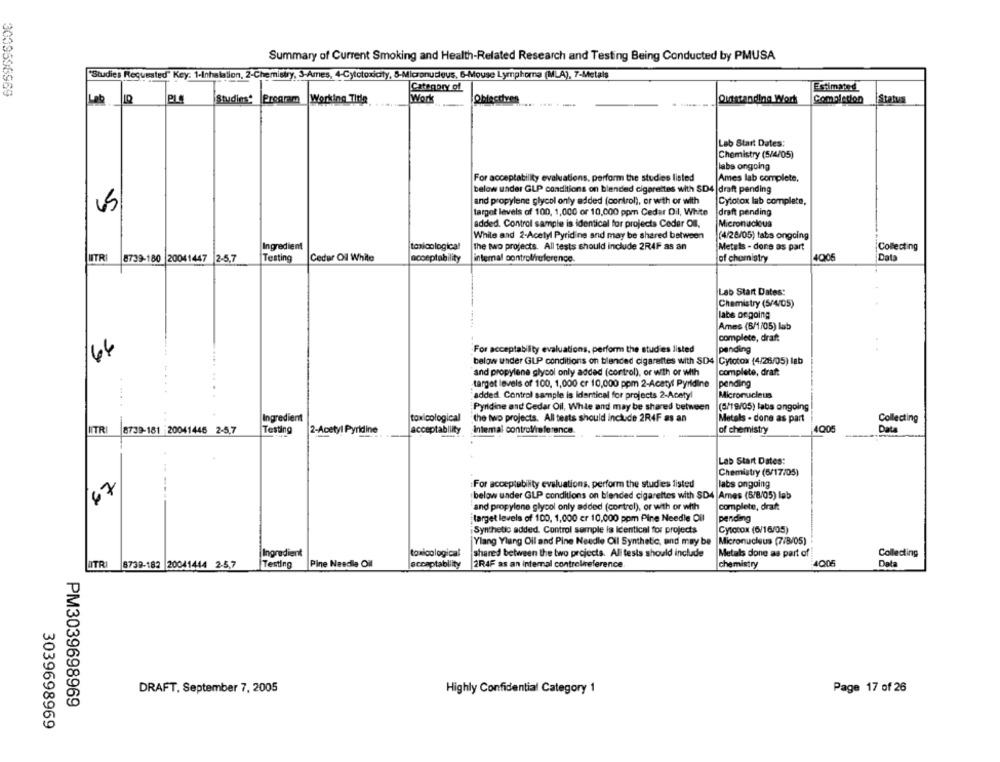
Summary of Current Smoking and Health-Related Research and Testing Being Conducted by PMUSA
*Studies Requested" Key: 1-Inhalation, 2-Chemistry, 3-Ames, 4-Cytotoxicity, 8-Micronucleus, 6-Mouse Lymphoma (MLA), 7-Metals
Category of
Estimated
Studies* Program Working Title
Work
Oblectives
Outstanding Work
Completion
Status
Lab
Lab Start Dates:
Chemistry (5/4/05)
labs ongoing
For acceptability evaluations, perform the studies listed
Ames lab complete.
below under GLP conditions on blended cigarettes with SD4 |draft pending
and propylene glycol only added (control), or with or with
Cytotox lab complete,
target levels of 100, 1,000 or 10,000 ppm Cedar Dil, White
draft pending
added. Control sample is identical for projects Ceder OIl.
Micronacious
While and 2-Acetyl Pyridine and may be shared between
(4/28/05) tabs ongoing
Ingredient
toxicological
The two projects. All tests should include 2R4F as an
Metels - done as part
Collecting
ITRI
8739-180 20041447
2.5.7
Testing
Ceder Ol While
acceptability
internal control/reference.
of chemistry
4006
Data
Lab Start Dates:
Chemistry (5/4/05)
labs ongoing
Ames (8/1/05) lab
complete, draft
64
For acceptability evaluations, perform the studies listed
pending
below under GLP conditions on blended cigarettes with SD4 Cytotox (4/26/05) lab
"and propylene glycol only added (control), or with or with
complete, draft
.......
target levels of 100, 1,000 cr 10,000 ppm 2-Acetyl Pyridine
pending
....
added Control sample is identical for projects 2-Acetyl
Micronucleus
Pyridine and Cedar Oil, While and may be shared between
(8/19/05) labs ongoing
Ingredient
toxicological
the two projects. All tests should include 2R4F as an
Metals - done as part
Collecting
NTR
8739-181 20041446 2-5,7
Testing
2-Acetyl Pyridine
acceptability
Intemal control/reference
of chemistry
4005
Data
Lab Start Dates:
Chemistry (6/17/05)
For acceptability evaluations, perform the studies listed
labs ongoing
67
below under GLP conditions on blended cigarettes with SD4 Ames (5/8/05) lab
and propylene glycol only added (control), or with or with
complete, draft
target levels of 100, 1,000 er 10,000 ppm Pine Needle Oil
pending
Synthetic added. Control sample is identical for projects
CytoCON (6/16/05)
Ylang Ylang Oil and Pine Needle Cil Synthetic, and may be
Micronucleus (7/8/05)
Ingredient
toxicological
shared between the two projects. All tests should include
Metals done as part of
Collecting
ITRI 8739-182 20041444 2-5,7
Testing
Pine Needle Oil
acceptability
2R4F as an internal controlireference
chemistry
4005
Data
DRAFT. September 7, 2005
Highly Confidential Category 1
Page 17 of 26
PM3039698969
3039698969